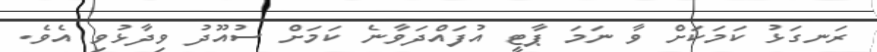
ރަނގަޅު ކަމަކަށް ވާ ނަމަ ޕާޓީ އުފައްދަވާނެ ކަމަށް ސުއޫދު ވިދާޅުވި އެވެ.